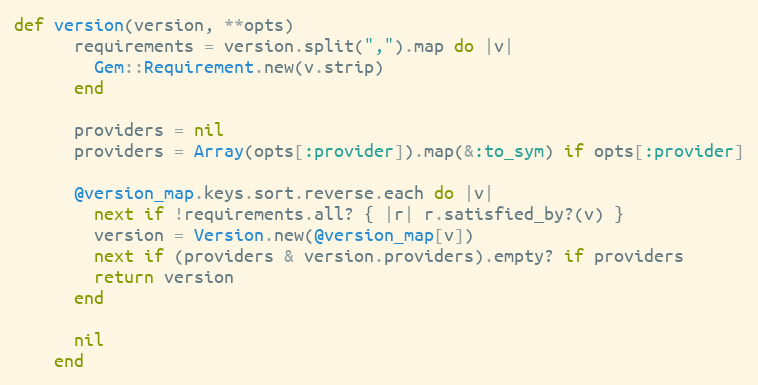
Language: Ruby
def version(version, **opts)
      requirements = version.split(",").map do |v|
        Gem::Requirement.new(v.strip)
      end

      providers = nil
      providers = Array(opts[:provider]).map(&:to_sym) if opts[:provider]

      @version_map.keys.sort.reverse.each do |v|
        next if !requirements.all? { |r| r.satisfied_by?(v) }
        version = Version.new(@version_map[v])
        next if (providers & version.providers).empty? if providers
        return version
      end

      nil
    end